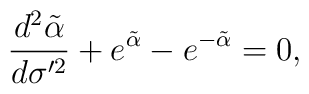
\frac{d^2\tilde{\alpha}}{d\sigma'^2}+e^{\tilde{\alpha}}-e^{-\tilde{\alpha}}=0,